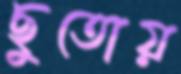
ছুতোয়